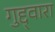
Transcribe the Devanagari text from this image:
गुद्द्वारा